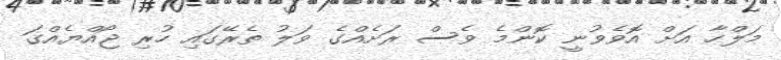
މަލްހާ އަށް އޮވެވުނީ ކޮންމެ ވެސް ރަށެއްގެ ވަލު ތެރޭގައި ހުރި ޖޯއްޔެއްގަ